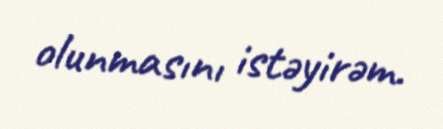
olunmasını istəyirəm.